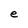
Character: e